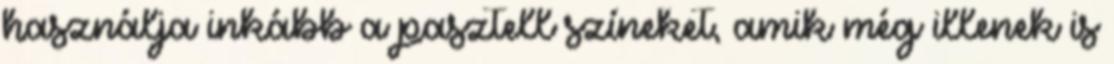
használja inkább a pasztell színeket, amik még illenek is